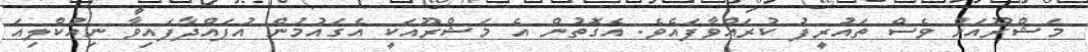
މަޝްރޫއަށް ވެސް ތައުރީފު ކުރައްވާފައެވެ. އެގޮތުން އެ މަޝްރޫއަކީ އެގައުމުން އުފައްދާފައިވާ ނިއުކްލިއަ